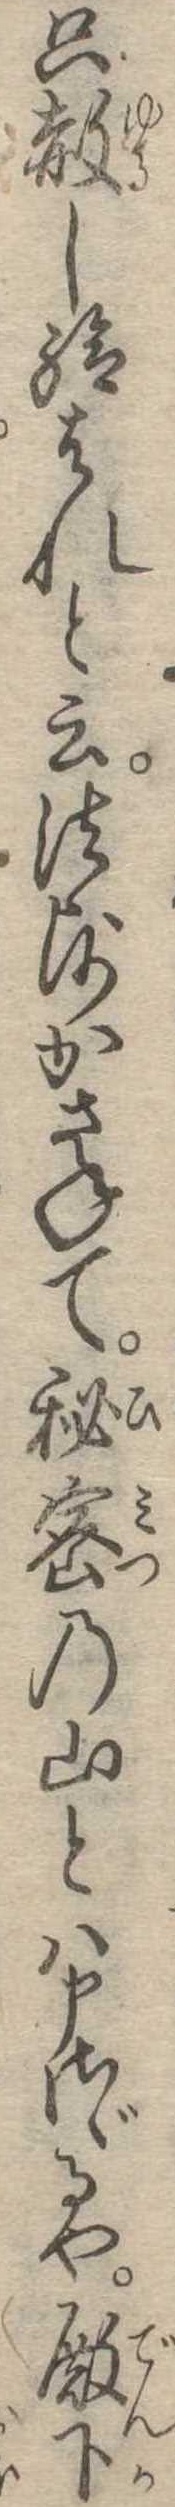
只赦し給はれと云法師かさねて秘密の山とは申さゞるや殿下